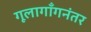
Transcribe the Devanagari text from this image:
गूलागाँगनंतर